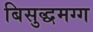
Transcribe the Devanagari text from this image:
बिसुद्धमग्ग